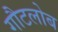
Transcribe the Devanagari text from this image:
गौटलोब